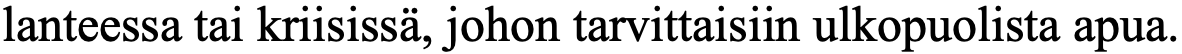
lanteessa tai kriisissä, johon tarvittaisiin ulkopuolista apua.